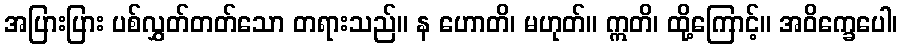
အပြားပြား ပစ်လွှတ်တတ်သော တရားသည်။ န ဟောတိ၊ မဟုတ်။ ဣတိ၊ ထို့ကြောင့်။ အဝိက္ခေပေါ၊